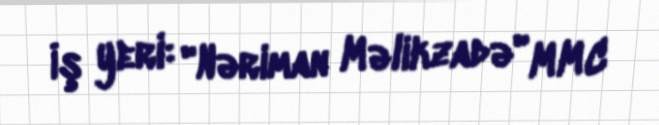
İş yeri: "Nəriman Məlikzadə" MMC